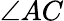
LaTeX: \angle AC